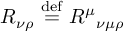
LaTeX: R _ { \nu \rho } \ { \stackrel { \mathrm { d e f } } { = } } \ { R ^ { \mu } } _ { \nu \mu \rho }